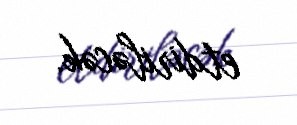
etdiriləcək.